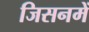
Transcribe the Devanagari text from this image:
जिसनमें